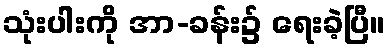
သုံးပါးကို အာ-ခန်း၌ ရေးခဲ့ပြီ။